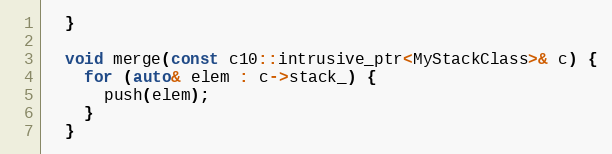
Language: C
  }

  void merge(const c10::intrusive_ptr<MyStackClass>& c) {
    for (auto& elem : c->stack_) {
      push(elem);
    }
  }